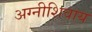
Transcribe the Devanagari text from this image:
अग्नीशिवाय